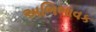
અભિભાવક